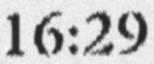
16:29